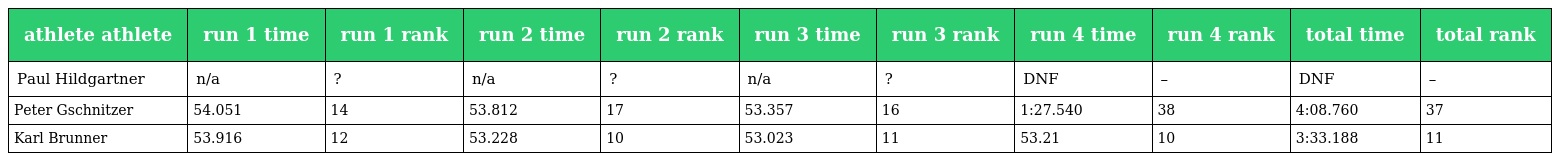
| athlete athlete | run 1 time | run 1 rank | run 2 time | run 2 rank | run 3 time | run 3 rank | run 4 time | run 4 rank | total time | total rank |
 | --- | --- | --- | --- | --- | --- | --- | --- | --- | --- | --- |
 | Paul Hildgartner | n/a | ? | n/a | ? | n/a | ? | DNF | – | DNF | – |
 | Peter Gschnitzer | 54.051 | 14 | 53.812 | 17 | 53.357 | 16 | 1:27.540 | 38 | 4:08.760 | 37 |
 | Karl Brunner | 53.916 | 12 | 53.228 | 10 | 53.023 | 11 | 53.21 | 10 | 3:33.188 | 11 |